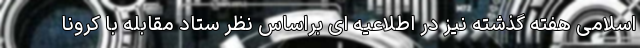
اسلامی هفته گذشته نیز در اطلاعیه ای براساس نظر ستاد مقابله با کرونا